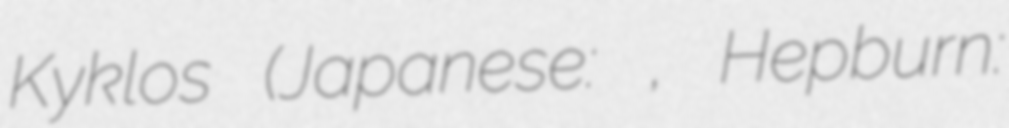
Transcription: Kyklos (Japanese: オリンピア・キュクロス, Hepburn: